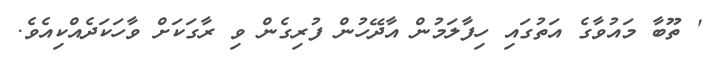
' ތޫބާ މައުވާގެ އަތުގައި ހިފާލަމުން އާދޭހުން ފުރިގެން ވި ރާގަކަށް ވާހަކަދެއްކިއެވެ.